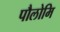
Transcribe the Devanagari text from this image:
पौलोमि